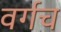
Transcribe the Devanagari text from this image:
वर्गच